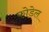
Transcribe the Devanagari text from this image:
फोडेल